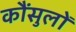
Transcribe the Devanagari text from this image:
कौंसुलों